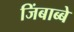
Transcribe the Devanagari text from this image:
जिंबाब्बे